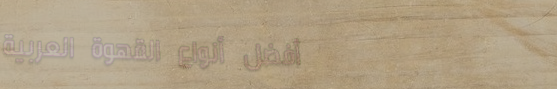
أفضل أنواع القهوة العربية